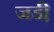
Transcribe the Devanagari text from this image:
जडी़